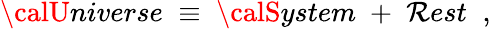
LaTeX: {\calU}niverse\; \equiv\; {\calS}ystem\; +\; {\cal\mathcal{R}}est\; \; ,